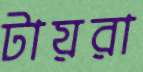
টায়রা